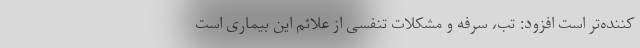
کننده‌تر است افزود: تب، سرفه و مشکلات تنفسی از علائم این بیماری است